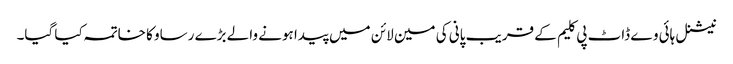
نیشنل ہائی وے ڈاٹ پی کلیم کے قریب پانی کی مین لائن میں پیدا ہونے والے بڑے رساو کا خاتمہ کیا گیا۔